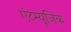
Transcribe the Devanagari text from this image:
एंटम्यूज़िक